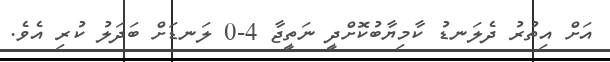
އަށް އިތުރު ދެލަނޑު ކާމިޔާބުކޮށްދީ ނަތީޖާ 4-0 ލަނޑަށް ބަދަލު ކުރި އެވެ.